Problem: 10 + 42 = ?
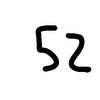
Handwritten answer: 52